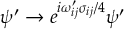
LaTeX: \psi ^ { \prime } \to e ^ { i \omega _ { i j } ^ { \prime } \sigma _ { i j } / 4 } \psi ^ { \prime }